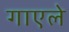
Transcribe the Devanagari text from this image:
गाएले